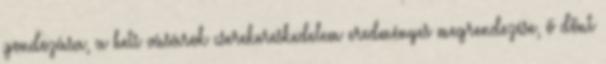
gondozása, a heti vásárok cserekereskedelem eredményes megrendezése, ő dönt